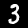
Label: 3